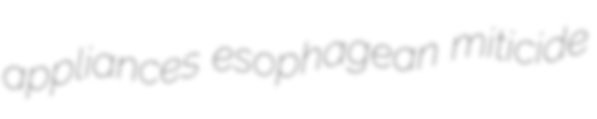
appliances esophagean miticide